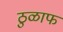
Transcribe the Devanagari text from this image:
ठुळाफ